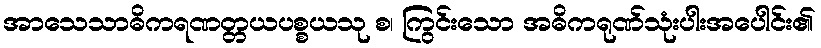
အာသေသာဓိကရဏတ္တယပစ္စယသု စ၊ ကြွင်းသော အဓိကရုဏ်သုံးပါးအပေါင်း၏